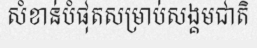
សំខាន់បំផុតសម្រាប់សង្គមជាតិ